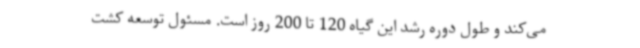
می‌کند و طول دوره رشد این گیاه 120 تا 200 روز است. مسئول توسعه کشت